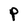
Character: P